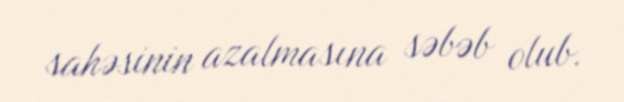
sahəsinin azalmasına səbəb olub.